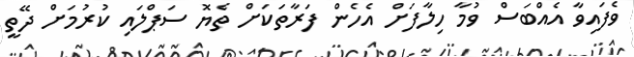
ވެފައިވާ އެއްބަސް ވުމާ ހިލާފަށް އެހެން ފަރާތަކަށް ތެޔޮ ސަޕްލައި ކުރުމަށް ދޭތީ